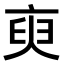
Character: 𬽑